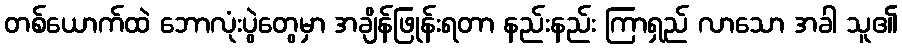
တစ်ယောက်ထဲ ဘောလုံးပွဲတွေမှာ အချိန်ဖြုန်းရတာ နည်းနည်း ကြာရှည် လာသော အခါ သူ၏